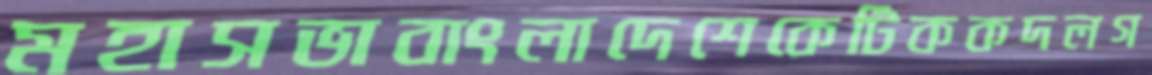
মহাসভাবাংলাদেশেকেটিককদলগ